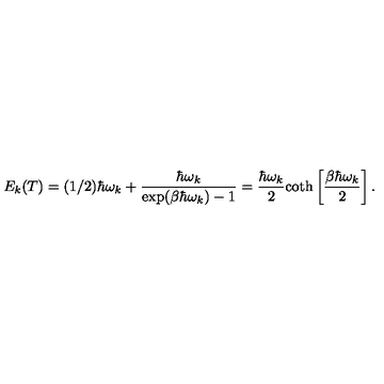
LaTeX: E _ { k } ( T ) = ( 1 / 2 ) \hbar \omega _ { k } + \frac { \hbar \omega _ { k } } { \exp ( \beta \hbar \omega _ { k } ) - 1 } = \frac { \hbar \omega _ { k } } { 2 } \mathrm { c o t h } \left[ \frac { \beta \hbar \omega _ { k } } { 2 } \right] .